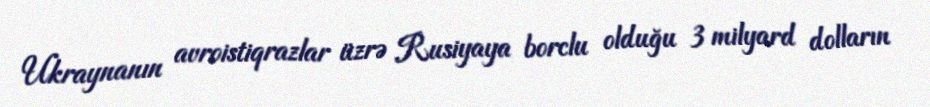
Ukraynanın avroistiqrazlar üzrə Rusiyaya borclu olduğu 3 milyard dolların